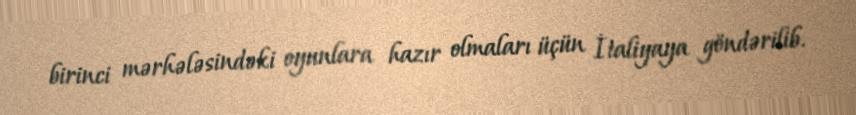
birinci mərhələsindəki oyunlara hazır olmaları üçün İtaliyaya göndərilib.